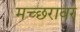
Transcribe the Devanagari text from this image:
मच्छरावर